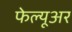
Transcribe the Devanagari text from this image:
फेल्यूअर